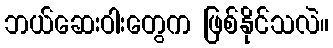
ဘယ်ဆေးဝါးတွေက ဖြစ်နိုင်သလဲ။